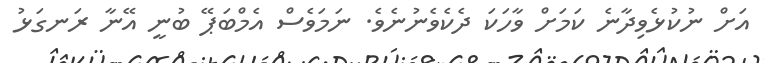
އަށް ނުކުޅެވިދާނެ ކަމަށް ވާހަކަ ދެކެވެނުނެވެ. ނަމަވެސް އެމްބަޕޭ ބުނީ އޭނާ ރަނގަޅު